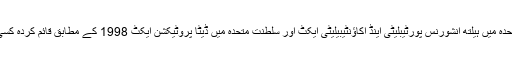
WPO کسی بھی اور تمام قابل اطلاق قوانین، ضابطوں اور معیارات، بشمول بلا تحدید ریاستہائے متحدہ میں ہیلتھ انشورنس پورٹیبلیٹی اینڈ اکاؤنٹیبیلیٹی ایکٹ اور سلطنت متحدہ میں ڈیٹا پروٹیکشن ایکٹ 1998 کے مطابق قائم کردہ کسی معیارات کے تحت سبھی ذاتی اور نجی معلومات کے تحفظ کے لیے عہد بستہ ہے۔